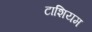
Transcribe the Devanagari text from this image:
टाशियम